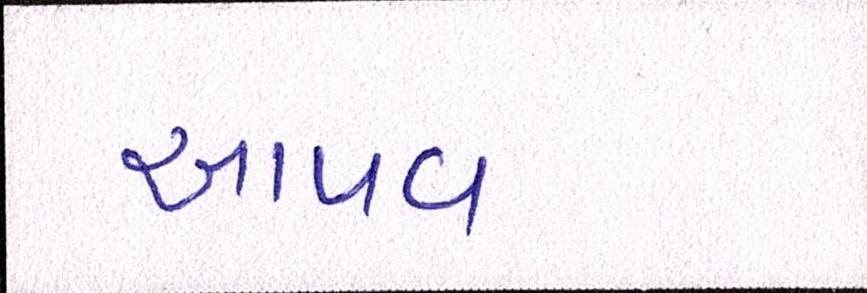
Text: આપવા